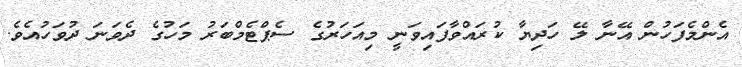
އެންމެފަހުން އޭނާ ލޭ ހަދިޔާ ކުރައްވާފައިވަނީ މިއަހަރުގެ ސެޕްޓެމްބަރު މަހުގެ ދެވަނަ ދުވަހުއެވެ.